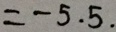
= - 5 . 5 .